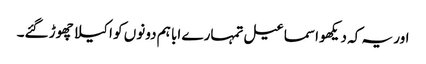
اور یہ کہ دیکھو اسماعیل تمہارے ابا ہم دونوں کو اکیلا چھوڑ گئے۔